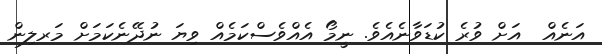
އަނެއް  އަށް ވުރެ ކުޑަވާނެއެވެ. ނީމޯ އެއްވެސްކަމެއް ވިޔަ ނުދޭނެކަމަށް މަރލިން